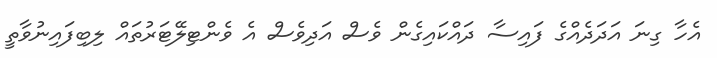
އެހާ ގިނަ އަދަދެއްގެ ފައިސާ ދައްކައިގެން ވެސް އަދިވެސް އެ ވެންޓިލޭޓަރުތައް ލިބިފައިނުވާތީ